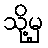
သို့မှ